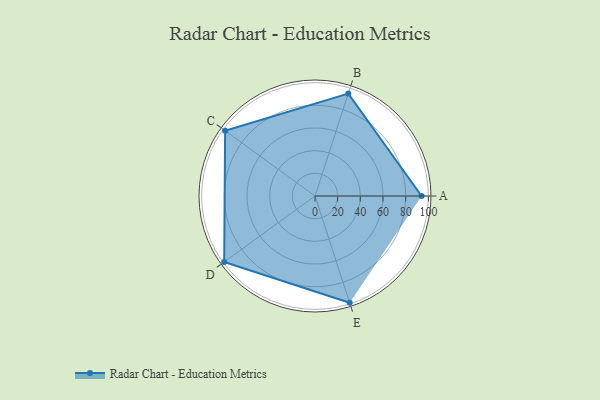
{"axis": {"x": "Skill", "y": "Score"}, "legend": ["Profile"], "data": [{"x": "A", "y": 94.0, "type": "Profile"}, {"x": "B", "y": 95.0, "type": "Profile"}, {"x": "C", "y": 98.0, "type": "Profile"}, {"x": "D", "y": 99, "type": "Profile"}, {"x": "E", "y": 99, "type": "Profile"}]}